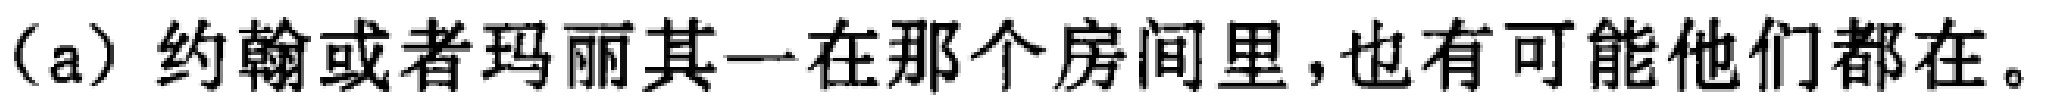
(a) 约翰或者玛丽其一在那个房间里,也有可能他们都在。